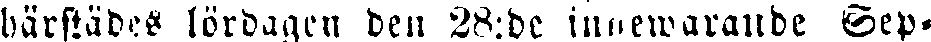
härstädes lördagen den 28:de innewarande Sep-